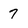
Character: 7